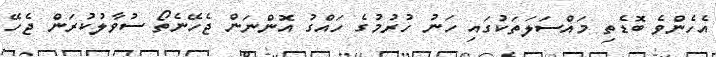
އެހެންވެ ބޮޑެތި މައްސަލަތަކުގައި ހަނު ހުރުމުގެ ހައްގު އޮންނަން ޖެހޭނެތޯ ސުވާލުކުރަން ޖެހޭ